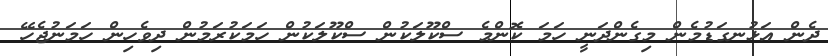
ދެން އަޅުނގަޑުމެން މިގެންދަނީ ހަމަ ކޮންމެ ސްކޫލަކުން ސްކޫލަކުން ހަމަކުރަމުން ދިވެހިން ހަމަނުޖެހޭ